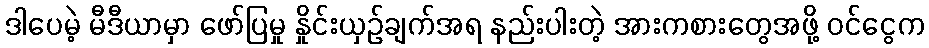
ဒါပေမဲ့ မီဒီယာမှာ ဖော်ပြမှု နှိုင်းယှဉ်ချက်အရ နည်းပါးတဲ့ အားကစားတွေအဖို့ ဝင်ငွေက